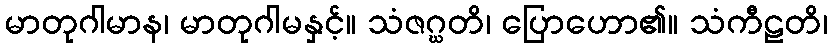
မာတုဂါမာန၊ မာတုဂါမနှင့်။ သံဇဂ္ဃတိ၊ ပြောဟော၏။ သံကီဠတိ၊